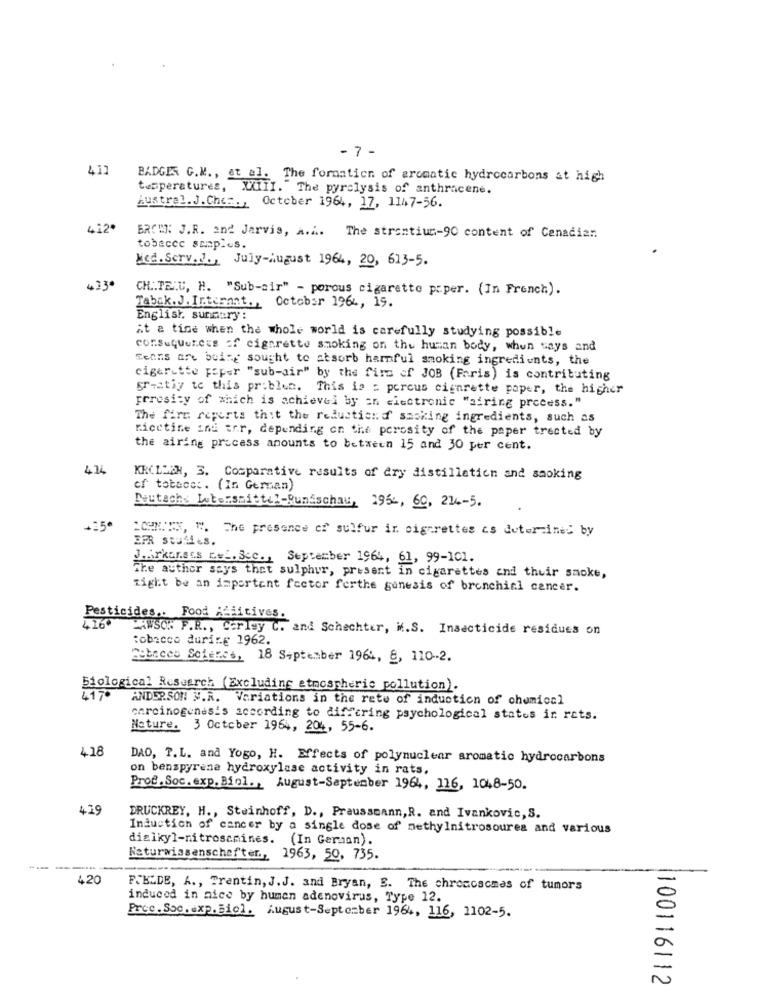
- 7 -
4.11
BADGES C.M ., at al. The formation of aromatic hydrocarbons at high
temperatures, XXIII. "The pyrclysis of anthracene.
Austral. J. Ches ., October 1964, 17, 1147-56.
412
BROWN: J.R. and Jarvis, a.i. The strontium-90 content of Canadian
tobecce semaplus.
Med. Serv.J ., July-August 1964, 20, 613-5.
4.13
CH .. TE.C, H. "Sub-air" - porous cigarette paper. (In French).
Tabak.J. Internat ., October 1964, 19.
English, summary :
At a time when the whole world is carefully studying possible
consequences of cigarette smoking on the human body, when says and
Eenns are buire sought to absorb harmful smoking ingredients, the
cigarette Forer "sub-air" by the firm of JOB (Faris) is contributing
greatly to this problem. This is = percus cigarette paper, the higher
perosicy of which is achieved by an electronic "airing process."
The fire reports thit the reductiond smoking ingredients, such as
ricctine and arr, depending on the porosity of the paper trected by
the airing process amounts to between 15 and 30 per cent.
41
KROLLER, 3. Comparative results of Ary distilletien and smoking
cf tobece :. (In German)
Deutsche Lutorsmittel-Rundschau, 2952, 60, 214-5.
LOHNTES, W. The presence of sulfur ir cigarettes as determined by
EPR StulitS.
J.Arkansas Eel. Scc ., September 1964, 61, 99-101.
The author says thet sulphur, present in cigarettes and their smoke,
tight be an important factor ferthe genesis of bronchial cancer.
Pesticides .. Food Alitives.
2260
MAWSON F.R ., Ccrisy C. and Schechter, if.S. Insecticide residues on
tobacco durire 1962.
Debacco Science, 18 September 1964, 8, 110-2.
Siological Research (Excluding atmospheric pollution).
417º
ANDERSON #.R. Variations in the rete of induction of chemical
carcinogenesis according to differing psychological states in rets.
Nature. 3 October 1964, 204, 55-6.
418
DAO, T.L. and Yogo, H. Effects of polynuclear aromatic hydrocarbons
on benzpyrene hydroxylase activity in rats.
Prof. Soc. exp. Biol .. August-September 1964, 116, 1048-50.
4.19
DRUCKREY, H ., Steinhoff, D ., Prausscann, R. and Ivankovic, S.
Inductich of cancer by a single dose of methylnitrosoures and various
dialkyl-nitrosamines. (In German).
Naturwissenschaften ., 1963, 50, 735.
------
4.20
FJELDE, A ., Trentin, J.J. and Bryan, E. The chromosomes of tumors
induced in nice by human adenovirus, Type 12.
Proc. Soc. exp.siol. August-September 1964, 116, 1102-5.
100116112